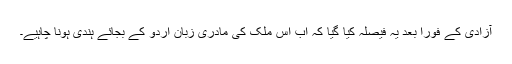
آزادی کے فوراً بعد یہ فیصلہ کیا گیا کہ اب اس ملک کی مادری زبان اردو کے بجائے ہندی ہونا چاہیے۔